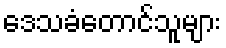
ဒေသခံတောင်သူများ